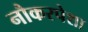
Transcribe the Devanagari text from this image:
नौकरपेशा